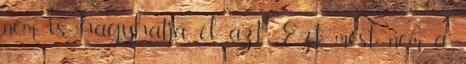
nem is hagyhatja el azt. Ezt most nem a